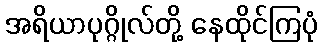
အရိယာပုဂ္ဂိုလ်တို့ နေထိုင်ကြပုံ